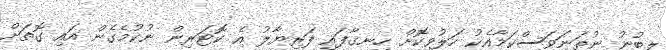
ލިބުނު ނުތަނަވަސްކަމާއެކު ހަލުވިކޮށް ހިނގާފައި ފަރިޔާލު އެ ކޮޓަރިން ނުކުމެގެން އައި ގޮތަށް